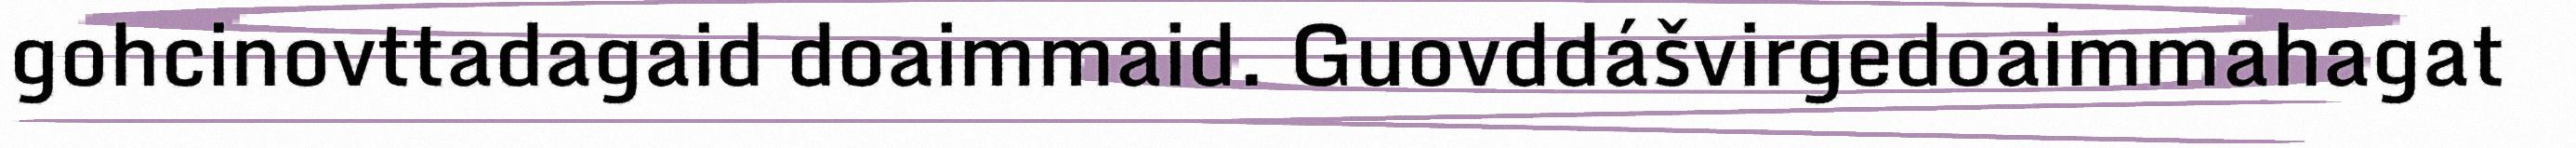
gohcinovttadagaid doaimmaid. Guovddášvirgedoaimmahagat